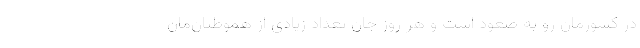
در کشورمان رو به صعود است و هر روز جان تعداد زیادی از هموطنان‌مان